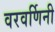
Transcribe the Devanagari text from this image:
वरवर्णिनी